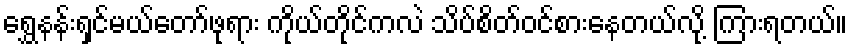
ရွှေနန်းရှင်မယ်တော်ဖုရား ကိုယ်တိုင်ကလဲ သိပ်စိတ်ဝင်စားနေတယ်လို့ ကြားရတယ်။